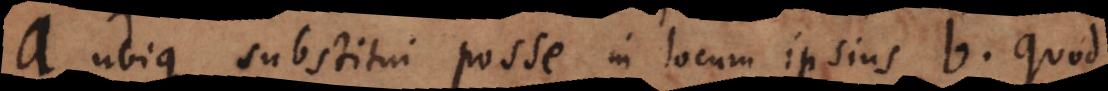
a ubique substitui posse in locum ipsius b. Quod